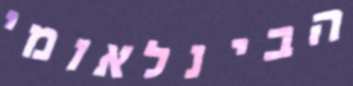
הבינלאומי